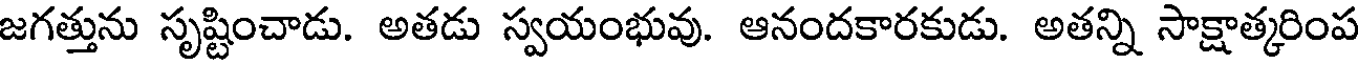
జగత్తును సృష్టించాడు. అతడు స్వయంభువు. ఆనందకారకుడు. అతన్ని సాక్షాత్కరింప